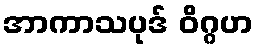
အာကာသပုဒ် ဝိဂ္ဂဟ